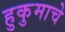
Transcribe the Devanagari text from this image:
हुकुमाचे